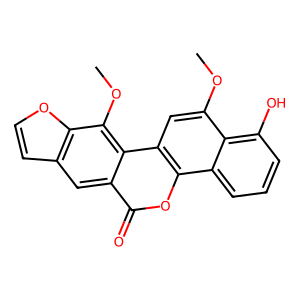
SMILES: COc1cc2c(oc(=O)c3cc4ccoc4c(OC)c32)c2cccc(O)c12
Inhibits HIV replication: No